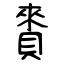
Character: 賚